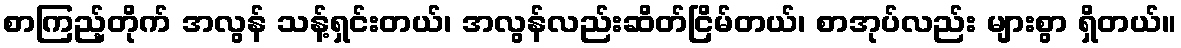
စာကြည့်တိုက် အလွန် သန့်ရှင်းတယ်၊ အလွန်လည်းဆိတ်ငြိမ်တယ်၊ စာအုပ်လည်း များစွာ ရှိတယ်။